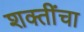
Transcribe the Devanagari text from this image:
शक्‍तींचा